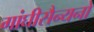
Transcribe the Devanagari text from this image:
गांघीसैन्यनो